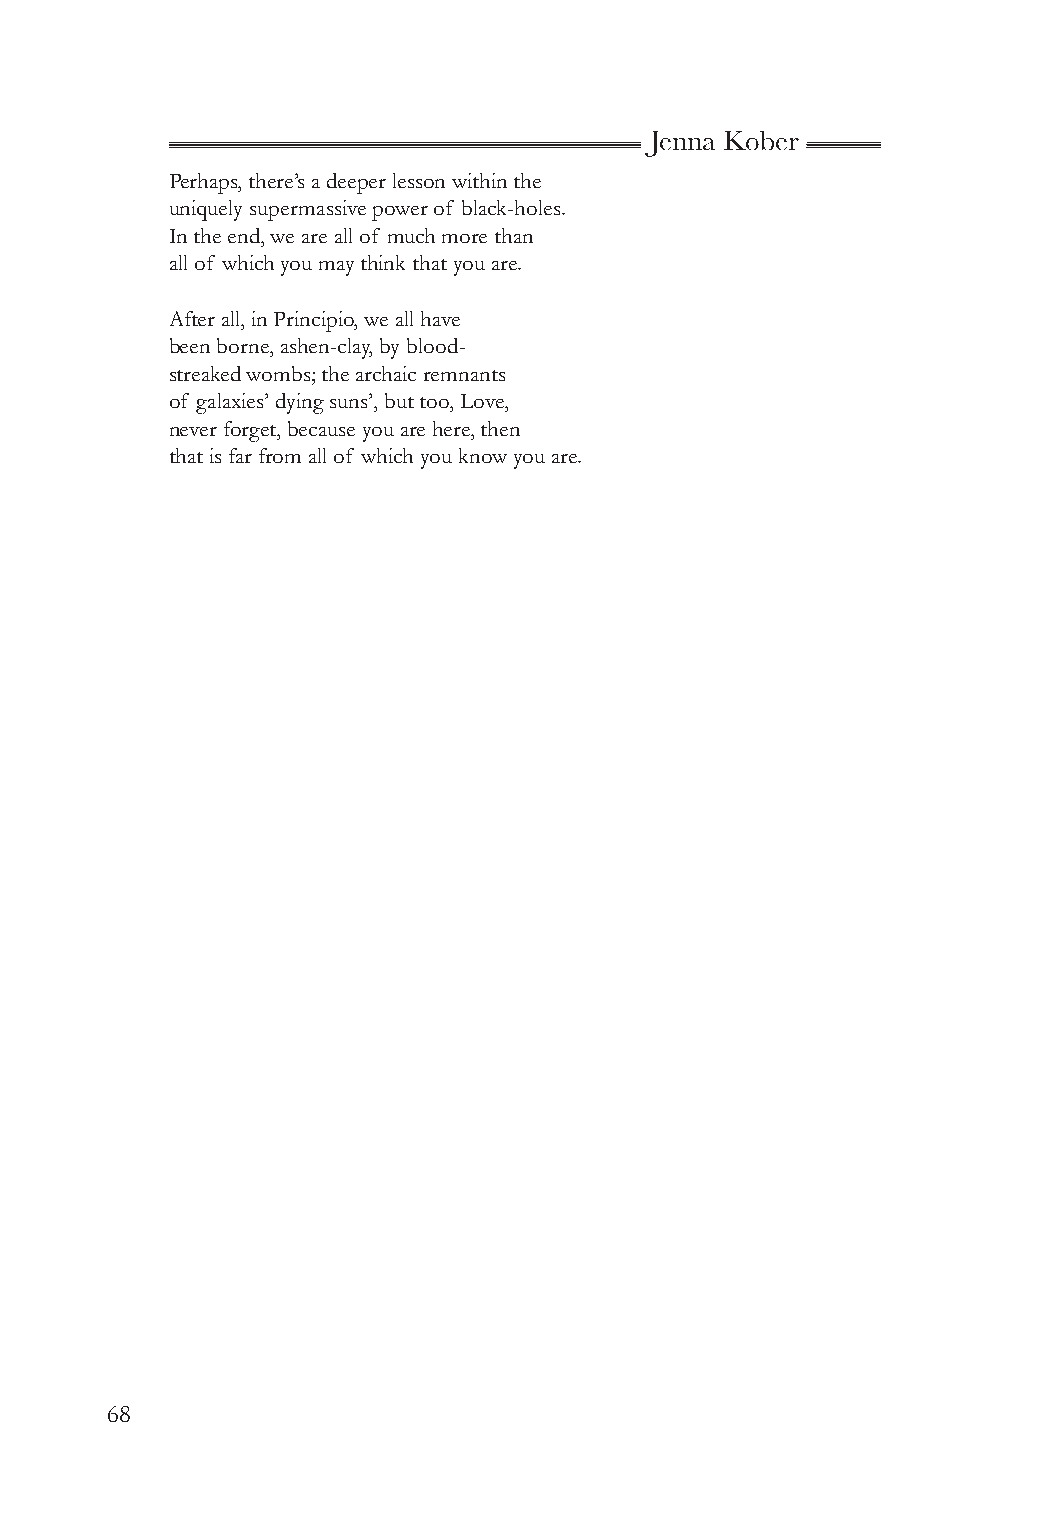
Jenna Kober
 Perhaps, there’s a deeper lesson within the
 uniquely supermassive power of black-holes.
 In the end, we are all of much more than
 all of which you may think that you are.
 After all, in Principio, we all have
 been borne, ashen-clay, by blood-
 streaked wombs; the archaic remnants
 of galaxies’ dying suns’, but too, Love,
 never forget, because you are here, then
 that is far from all of which you know you are.
 68